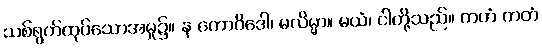
သစ်ရွက်ထုပ်သောအမှု၌။ န ကောဝိဒေါ၊ မလိမ္မာ။ မယံ၊ ငါတို့သည်။ ကတံ ကတံ